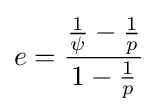
e={\frac {{\frac {1}{\psi }}-{\frac {1}{p}}}{1-{\frac {1}{p}}}}